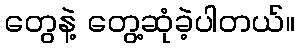
တွေနဲ့ တွေ့ဆုံခဲ့ပါတယ်။